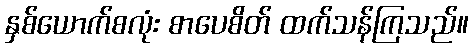
နှစ်ယောက်စလုံး စာပေစိတ် ထက်သန်ကြသည်။